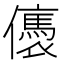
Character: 㒟